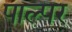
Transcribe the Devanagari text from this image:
पाल्पर